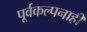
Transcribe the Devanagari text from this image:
पूर्वकल्पनाही